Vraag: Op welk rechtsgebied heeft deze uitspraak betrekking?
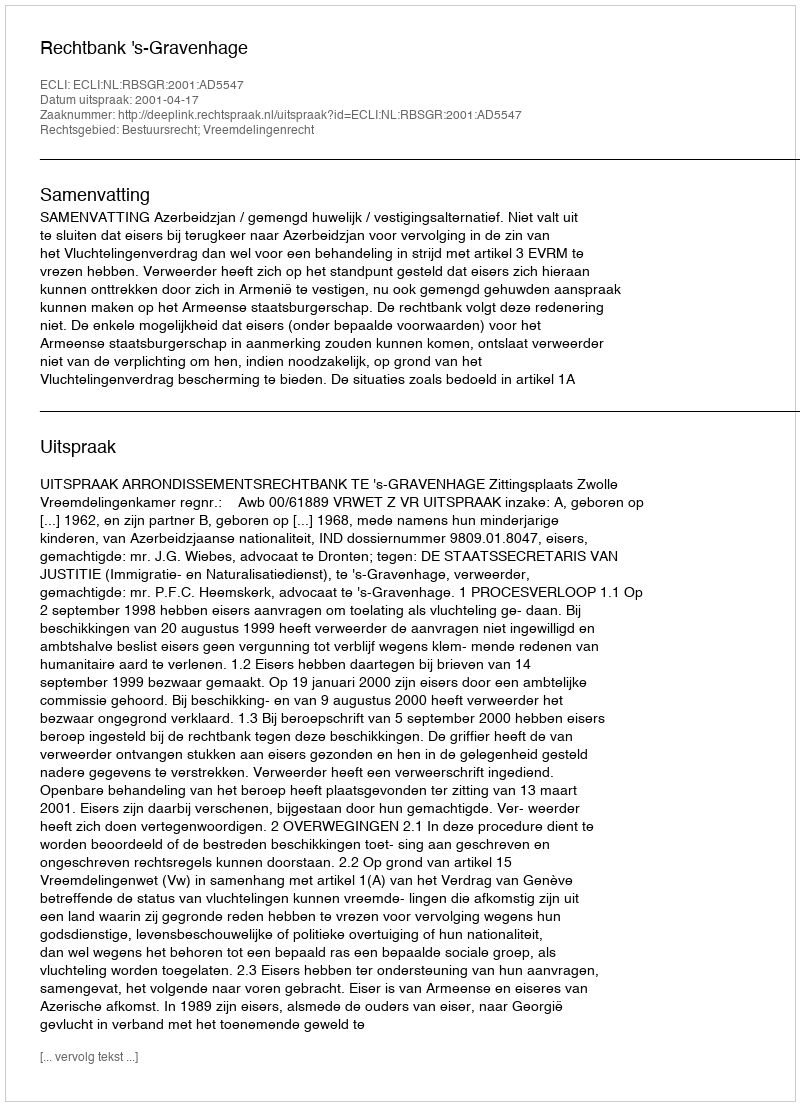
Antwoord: Bestuursrecht; Vreemdelingenrecht